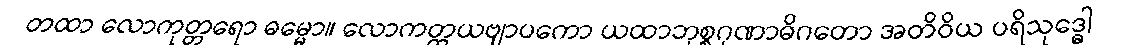
တထာ လောကုတ္တရော ဓမ္မော။ လောကတ္တယဗျာပကော ယထာဘုစ္စဂုဏာဓိဂတော အတိဝိယ ပရိသုဒ္ဓေါ